Insane asylums Bombay 1873-77 - 1873-1877
Year: 1873
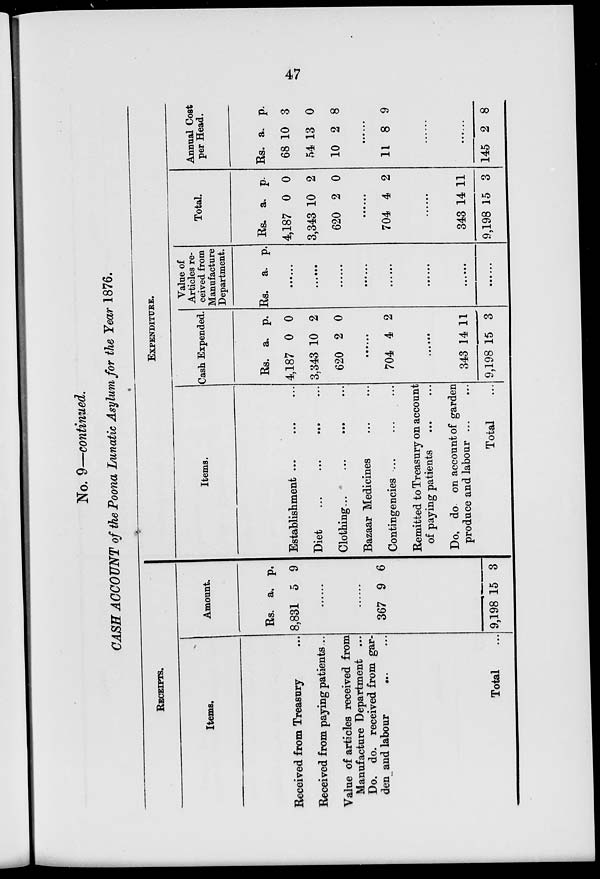
47
No. 9—continued.
CASH ACCOUNT of the Poona Lunatic Asylum for the Year 1876.
RECEIPTS.
Items.
Received from Treasury ...
Received from paying patients...
Value of articles received from
Manufacture Department ...
Do. do. received from gar-
den and labour
...
...
Total ...
Amount.
Rs.
8,831
a.
5
p.
9
......
......
367
9,198
9
15
6
3
EXPENDITURE.
Items.
Establishment ... ... ...
Diet
... ... ... ...
Clothing... ... ... ...
Bazaar Medicines ... ...
Contingencies ... ... ...
Remitted to Treasury on account
of paying patients ... ...
Do. do on account of garden
produce and labour ... ...
Total ...
Cash Expended.
Rs.
4,187
3,343
620
a.
0
10
2
p.
0
2
0
......
704 4 2
......
343
9,198
14
15
11
3
Value of
Articles re-
ceived from
Manufacture
Department.
Rs. a.
p.
......
......
......
......
......
......
......
......
Total.
Rs.
4,187
3,343
620
a.
0
10
2
p.
0
2
0
......
704 4 2
......
343
9,198
14
15
11
3
Annual Cost
per Head.
Rs.
68
54
10
a.
10
13
2
p.
3
0
8
......
11 8 9
......
......
145 2 8